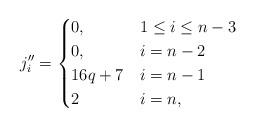
LaTeX: \begin{align*}j_i''=\begin{cases}0, & 1\leq i \leq n-3 \\0, & i=n-2 \\16q+7 & i=n-1 \\2 & i=n,\end{cases}\end{align*}